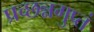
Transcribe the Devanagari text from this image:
प्रच्छन्नगुप्तं